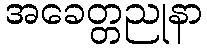
အခေတ္တညုနာ